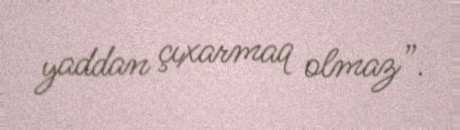
yaddan çıxarmaq olmaz”.